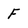
Character: F